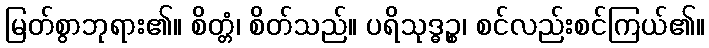
မြတ်စွာဘုရား၏။ စိတ္တံ၊ စိတ်သည်။ ပရိသုဒ္ဓဉ္စ၊ စင်လည်းစင်ကြယ်၏။